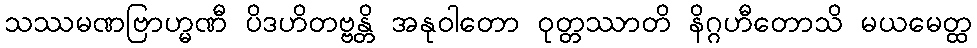
သဿမဏဗြာဟ္မဏီ ပိဒဟိတဗ္ဗန္တိ အနုဝါတော ဝုတ္တဿာတိ နိဂ္ဂဟီတောသိ မယမေတ္ထ